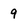
Character: 9